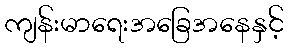
ကျန်းမာရေးအခြေအနေနှင့်